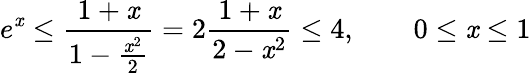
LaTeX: e^{\mathit{x}}\leq{\frac{{1+\mathit{x}}}{{1-{\frac{{\mathit{x}^{2}}}{{2}}}}}}=2{\frac{{1+\mathit{x}}}{{2-\mathit{x}^{2}}}}\leq4,\qquad0\leq\mathit{x}\leq1